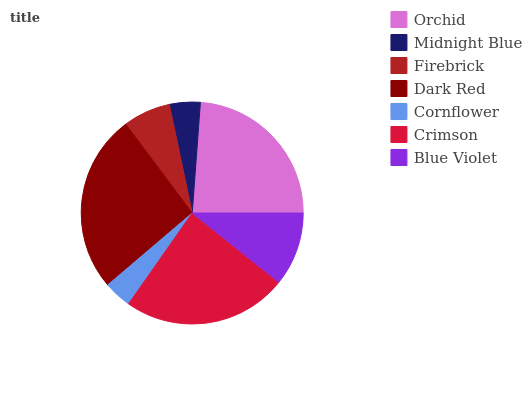
| Orchid | Midnight Blue | Firebrick | Dark Red | Cornflower | Crimson | Blue Violet |
 | --- | --- | --- | --- | --- | --- | --- |
 | 23.9% | 4.47% | 6.92% | 25.9% | 4.04% | 24% | 10.7% |